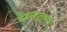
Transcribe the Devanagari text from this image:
देश्यांतर्गत